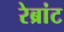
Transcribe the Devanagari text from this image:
रेब्रांट